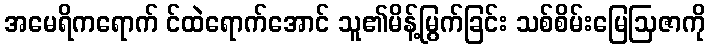
အမေရိကရောက် င်ထဲရောက်အောင် သူ၏မိန့်မြွက်ခြင်း သစ်စိမ်းမြေဩဇာကို